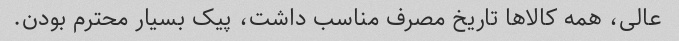
عالی، همه کالاها تاریخ مصرف مناسب داشت، پیک بسیار محترم بودن.